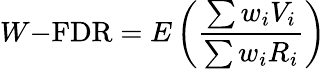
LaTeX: W{\mathrm{-FDR}}=E\left({\frac{\sum w_{i}V_{i}}{\sum w_{i}R_{i}}}\right)